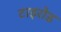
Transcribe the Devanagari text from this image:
टाइरोड